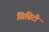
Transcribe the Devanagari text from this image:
सिग्निटी